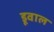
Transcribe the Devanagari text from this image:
डूवाल